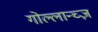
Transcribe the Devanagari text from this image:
गोल्लान्च्ज़